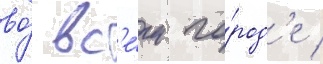
во́ вс'е́м го́род'е /